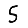
Digit: 5